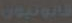
قانونيون